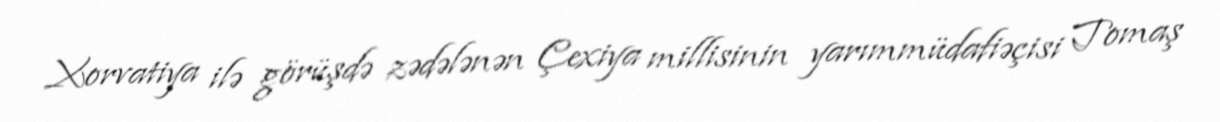
Xorvatiya ilə görüşdə zədələnən Çexiya millisinin yarımmüdafiəçisi Tomaş